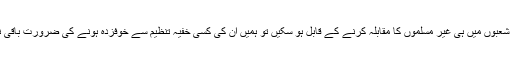
اگر ہم ظاہری شعبوں میں ہی غیر مسلموں کا مقابلہ کرنے کے قابل ہو سکیں تو ہمیں ان کی کسی خفیہ تنظیم سے خوفزدہ ہونے کی ضرورت باقی نہیں رہے گی۔